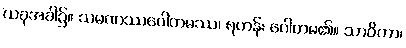
ယခုအခါ၌။ သမဏဿဂေါတမဿ၊ ရဟန်း ဂေါတမ၏။ သာဝိကာ၊